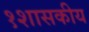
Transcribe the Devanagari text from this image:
१शासकीय